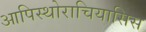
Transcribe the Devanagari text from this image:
आपिस्थोराचियासिस